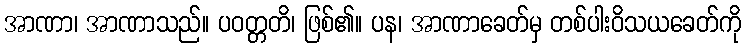
အာဏာ၊ အာဏာသည်။ ပဝတ္တတိ၊ ဖြစ်၏။ ပန၊ အာဏာခေတ်မှ တစ်ပါးဝိသယခေတ်ကို